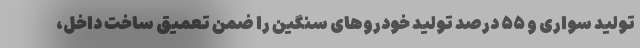
تولید سواری و ۵۵ درصد تولید خودروهای سنگین را ضمن تعمیق ساخت داخل،